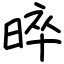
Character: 晬